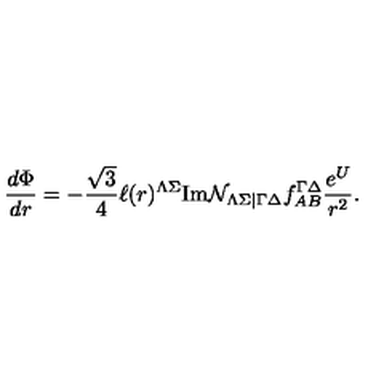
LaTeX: \frac { d \Phi } { d r } = - \frac { \sqrt { 3 } } { 4 } \ell ( r ) ^ { \Lambda \Sigma } \mathrm { I m } { \cal N } _ { \Lambda \Sigma | \Gamma \Delta } f _ { A B } ^ { \Gamma \Delta } \frac { e ^ { U } } { r ^ { 2 } } .